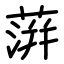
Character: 蓱